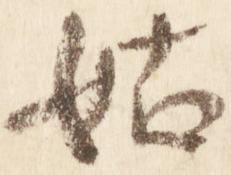
姑